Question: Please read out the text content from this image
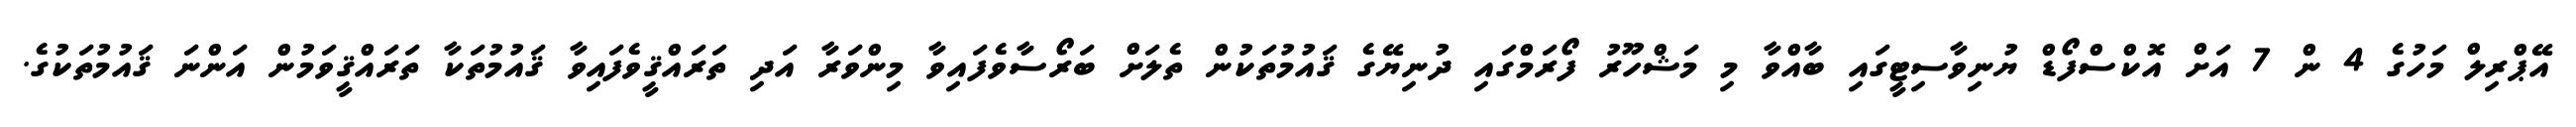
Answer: އޭޕްރިލް މަހުގެ 4 ން 7 އަށް އޮކްސްފޯޑް ޔުނިވާސިޓީގައި ބާއްވާ މި މަޝްހޫރު ފޯރަމްގައި ދުނިޔޭގެ ޤައުމުތަކުން ތެލަށް ބަރޯސާވެފައިވާ މިންވަރާ އަދި ތަރައްޤީވެފައިވާ ޤައުމުތަކާ ތަރައްޤީވަމުން އަންނަ ޤައުމުތަކުގެ.